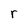
Character: r